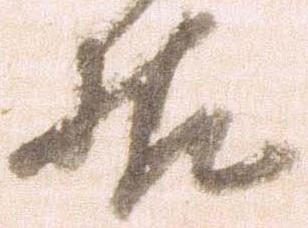
様